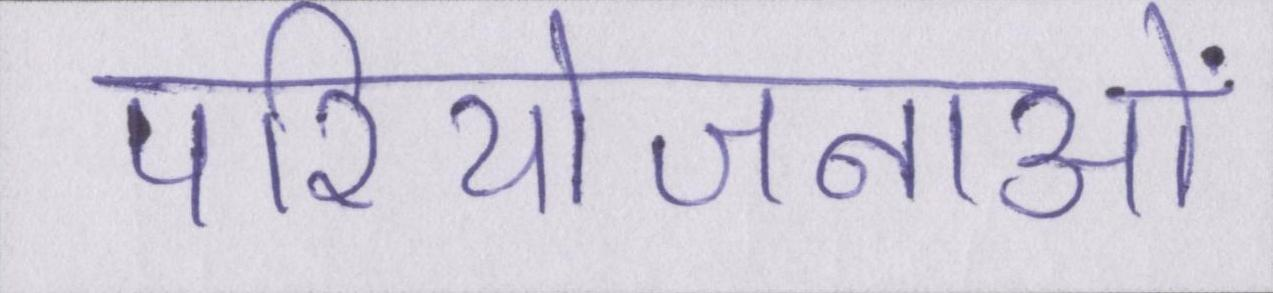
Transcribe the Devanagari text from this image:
परियोजनाओं